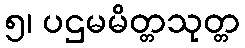
၅၊ ပဌမမိတ္တသုတ္တ